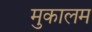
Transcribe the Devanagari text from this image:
मुकालम